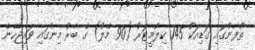
ތޫފާނުގައި ގަޑިއަކު 145 ކިލޯމީޓަރު (90 މޭލު) ގެ ބާރު މިނުގައި ވައިޖެހޭނެ